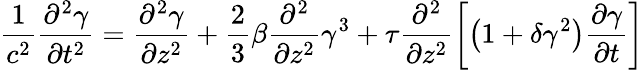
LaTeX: \frac{1}{c^{2}}\frac{\partial^{2}\gamma}{\partial t^{2}}=\frac{\partial^{2}\gamma}{\partial z^{2}}+\frac 23\beta\frac{\partial^{2}}{\partial z^{2}}\gamma^{3}+\tau\frac{\partial^{2}}{\partial z^{2}}\left[\left(1+\delta\gamma^{2}\right)\frac{\partial\gamma}{\partial t}\right]